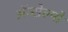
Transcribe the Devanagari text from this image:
ॲन्सेल्मो